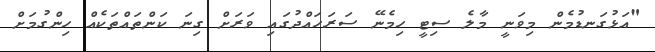
"އަޅުގަނޑުމެން މިވަނީ މާލެ ސިޓީ ހިމެނޭ ސަރަހައްދުގައި ވަރަށް ގިނަ ކަންތައްތަކެއް ހިންގުމަށް